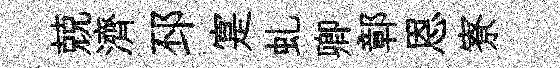
兢濟邳寔虬卿鄣恩寮